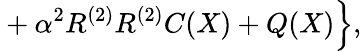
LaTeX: {}+\alpha^{2}R^{(2)}R^{(2)}C(X)+Q(X)\Bigr\} ,